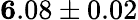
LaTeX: {\mathbf 6.08\pm 0.02}